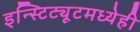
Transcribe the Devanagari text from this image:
इन्स्टिट्यूटमध्येही